Lock hospitals Punjab
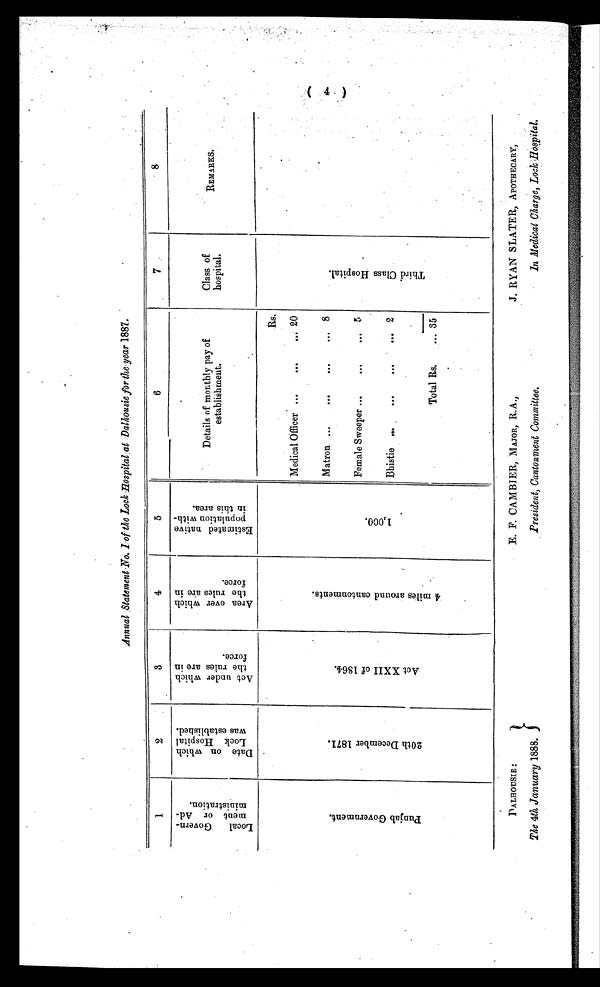
Annual Statement No. 1 of the Lock Hospital at Dalhousie for the year 1887.
1
2
3
4
5
6
7
8
L o c a l G o v e r n - m e n t o r A d - m i n i s t r a t i o n .
D a t e o n w h i c h L o c k H o s p i t a l w a s e s t a b l i s h e d .
A c t u n d e r w h i c h t h e r u l e s a r e i n f o r c e .
A r e a o v e r w h i c h t h e r u l e s a r e i n f o r c e .
E s t i m a t e d n a t i v e p o p u l a t i o n w i t h - i n t h i s a r e a .
Details of monthly pay of
establishment.
Class of
hospital.
REMARKS.
P u n j a b G o v e r n m e n t .
2 0 t h D e c e m b e r 1 8 7 1 .
A c t X X I I o f 1 8 6 4 .
4 m i l e s a r o u n d c a n t o n m e n t s .
1 , 0 0 0 .
Rs.
T h i r d C l a s s H o s p i t a l .
Medical Officer ...
. . .
. . . 20
Matron ..
...
... 8
Female Sweeper ...
. . .
...
5
Bhistie
. . .
. . .
. . .
... 2
Total Rs.
... 35
DALHOUSIE :
The 4th January 1888.
E. F. CAMBIER, MAJOR, R.A.,
President, Cantonment Committee.
J . RYAN SLATER, APOTHECARY,
In Medical Charge, Lock Hospital.